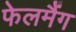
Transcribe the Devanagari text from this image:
फेलमैंग